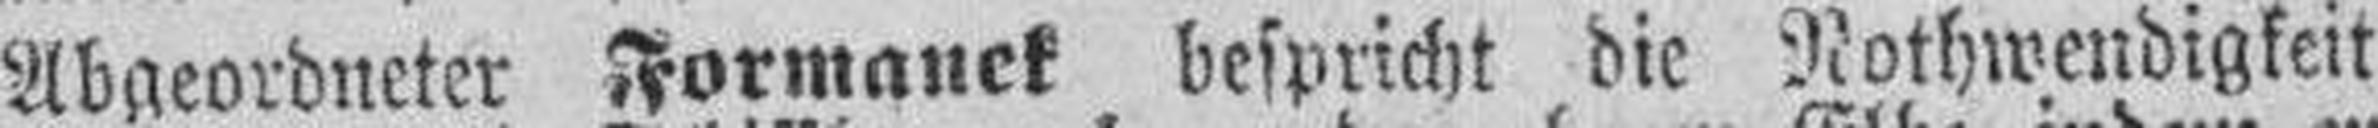
Abgeordneter Formanek bespricht die Nothwendigkeit